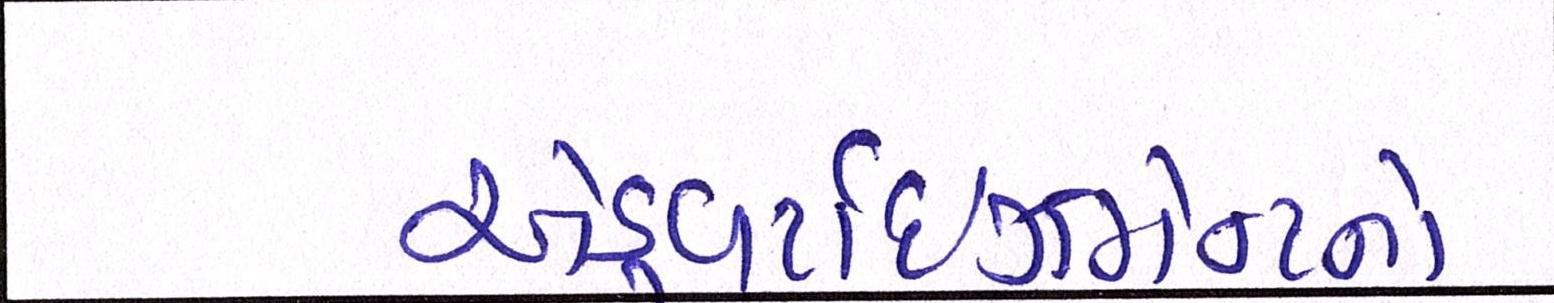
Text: એડ્વર્ટાઇઝમેન્ટનો